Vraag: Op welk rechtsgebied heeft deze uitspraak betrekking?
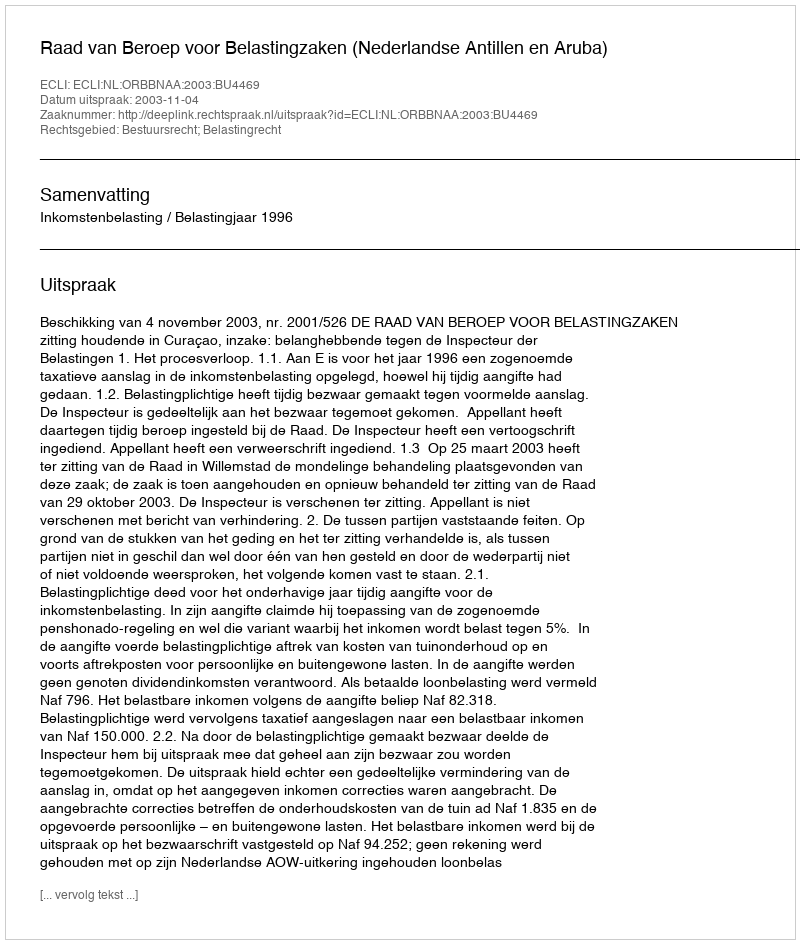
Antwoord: Bestuursrecht; Belastingrecht